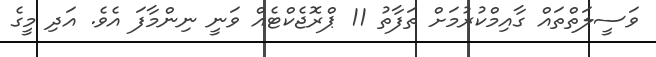
ވަސީލަތްތައް ގާއިމްކުރުމަށް ތަފާތު 11 ޕްރޮޖެކްޓެއް ވަނީ ނިންމާފަ އެވެ. އަދި މީގެ